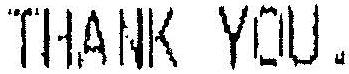
THANK YOU.